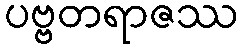
ပဗ္ဗတရာဇဿ